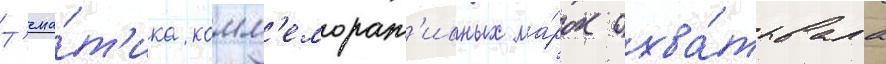
Т'ема́т'ика комм'еморат'ивных ма́рок охва́тывала